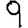
Digit: 9